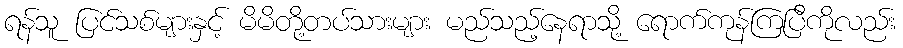
ရန်သူ ပြင်သစ်များနှင့် မိမိတို့တပ်သားများ မည်သည့်နေရာသို့ ရောက်ကုန်ကြပြီကိုလည်း